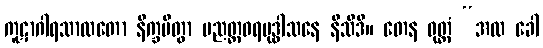
ကူဋာဂါရသာလတော နိက္ခမိတွာ ပညတ္တဝရဗုဒ္ဓါသနေ နိသီဒိ။ တေန ဝုတ္တံ “အထ ခေါ